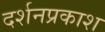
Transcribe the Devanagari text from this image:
दर्शनप्रकाश